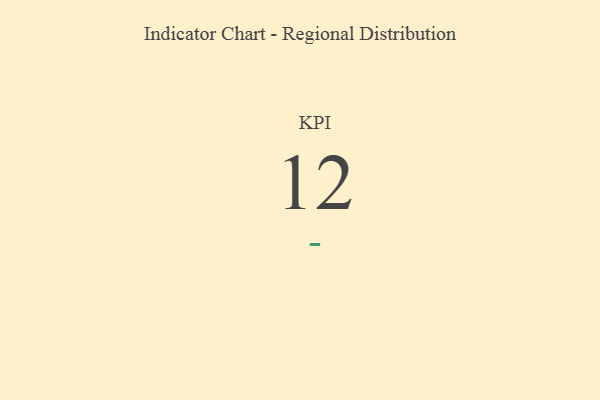
{"axis": {"x": "KPI", "y": "Value"}, "legend": [""], "data": [{"x": "KPI", "y": 12, "type": ""}]}